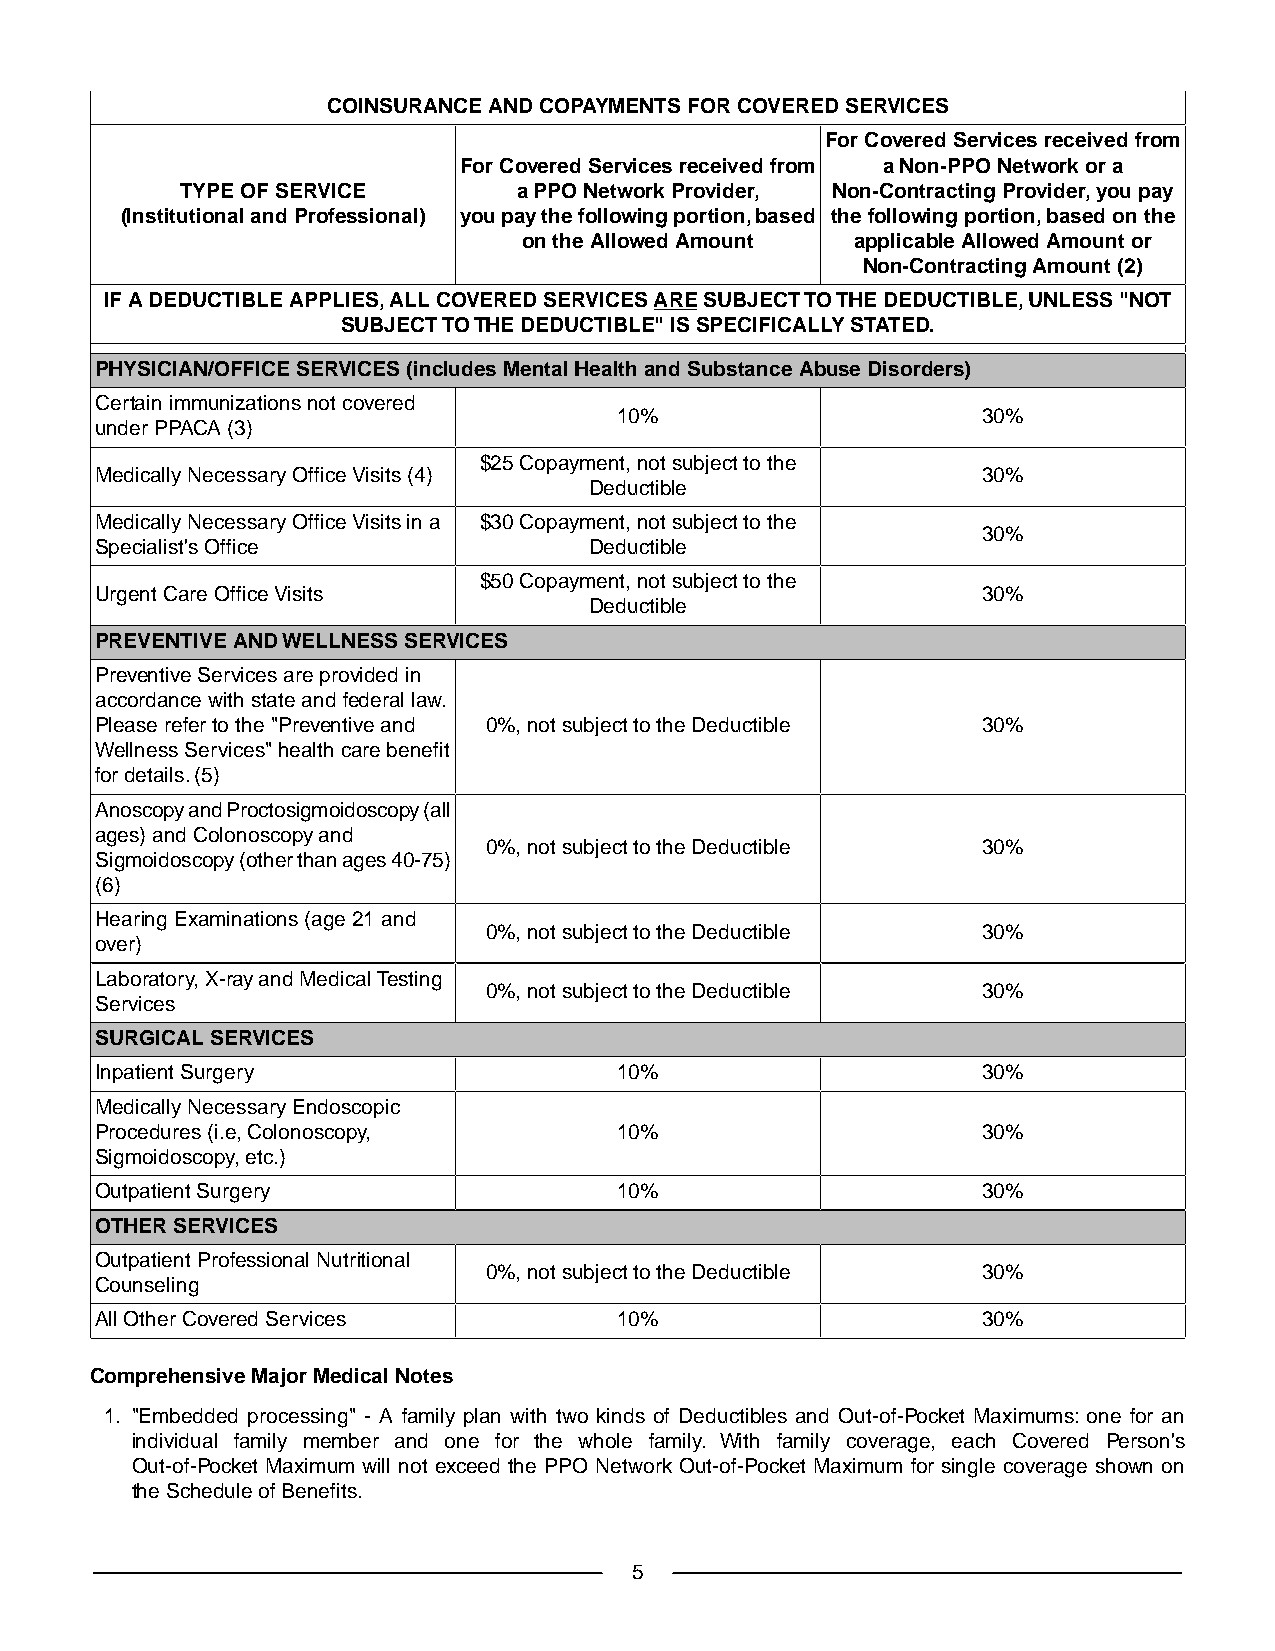
COINSURANCE AND COPAYMENTS FOR COVERED SERVICES
 For Covered Services received from
 For Covered Services received from a Non-PPO Network or a
 TYPE OF SERVICE       a PPO Network Provider, Non-Contracting Provider, you pay
 (Institutional and Professional) you pay the following portion, based the following portion, based on the
 on the Allowed Amount applicable Allowed Amount or
 Non-Contracting Amount (2)
 IF A DEDUCTIBLE APPLIES, ALL COVERED SERVICES ARE SUBJECT TO THE DEDUCTIBLE, UNLESS "NOT
 SUBJECT TO THE DEDUCTIBLE" IS SPECIFICALLY STATED.
 PHYSICIAN/OFFICE SERVICES (includes Mental Health and Substance Abuse Disorders)
 Certain immunizations not covered
 10%                     30%
 under PPACA (3)
 $25 Copayment, not subject to the
 Medically Necessary Office Visits (4)                      30%
 Deductible
 Medically Necessary Office Visits in a $30 Copayment, not subject to the
 30%
 Specialist's Office              Deductible
 $50 Copayment, not subject to the
 Urgent Care Office Visits                                  30%
 Deductible
 PREVENTIVE AND WELLNESS SERVICES
 Preventive Services are provided in
 accordance with state and federal law.
 Please refer to the "Preventive and 0%, not subject to the Deductible 30%
 Wellness Services" health care benefit
 for details. (5)
 Anoscopy and Proctosigmoidoscopy (all
 ages) and Colonoscopy and
 0%, not subject to the Deductible 30%
 Sigmoidoscopy (other than ages 40-75)
 (6)
 Hearing Examinations (age 21 and
 0%, not subject to the Deductible 30%
 over)
 Laboratory, X-ray and Medical Testing
 0%, not subject to the Deductible 30%
 Services
 SURGICAL SERVICES
 Inpatient Surgery                  10%                     30%
 Medically Necessary Endoscopic
 Procedures (i.e, Colonoscopy,      10%                     30%
 Sigmoidoscopy, etc.)
 Outpatient Surgery                 10%                     30%
 OTHER SERVICES
 Outpatient Professional Nutritional
 0%, not subject to the Deductible 30%
 Counseling
 All Other Covered Services         10%                     30%
 Comprehensive Major Medical Notes
 1. "Embedded processing" - A family plan with two kinds of Deductibles and Out-of-Pocket Maximums: one for an
 individual family member and one for the whole family. With family coverage, each Covered Person's
 Out-of-Pocket Maximum will not exceed the PPO Network Out-of-Pocket Maximum for single coverage shown on
 the Schedule of Benefits.
 5